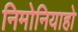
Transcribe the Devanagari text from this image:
निमोनियाहो